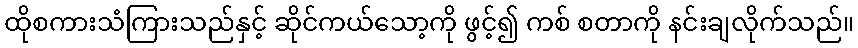
ထိုစကားသံကြားသည်နှင့် ဆိုင်ကယ်သော့ကို ဖွင့်၍ ကစ် စတာကို နင်းချလိုက်သည်။